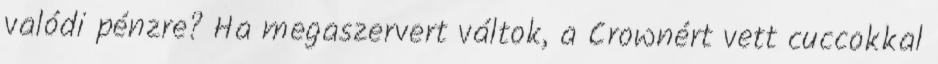
valódi pénzre? Ha megaszervert váltok, a Crownért vett cuccokkal